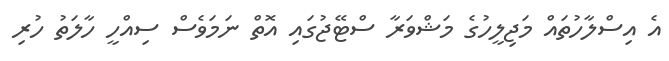
އެ އިސްލާހުތައް މަޖިލީހުގެ މަޝްވަރާ ސްޓޭޖުގައި އޮތް ނަމަވެސް ސިއްހީ ހާލަތު ހުރި